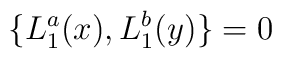
\{ L_{1}^{a}(x), L_{1}^{b}(y) \} = 0